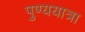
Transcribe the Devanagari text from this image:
पुण्ययात्रा